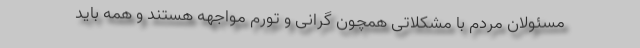
مسئولان مردم با مشکلاتی همچون گرانی و تورم مواجهه هستند و همه باید